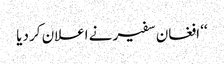
‘‘ افغان سفیر نے اعلان کر دیا